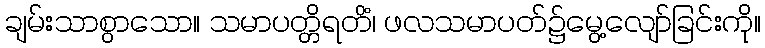
ချမ်းသာစွာသော။ သမာပတ္တိရတိံ၊ ဖလသမာပတ်၌မွေ့လျော်ခြင်းကို။